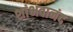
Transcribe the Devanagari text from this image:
शांभवानंद